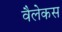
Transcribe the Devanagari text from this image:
वैलेकस